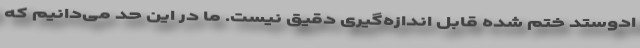
ادوستد ختم شده قابل اندازه‌گیری دقیق نیست. ما در این حد می‌دانیم که